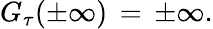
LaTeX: G_{\tau}(\pm\infty)\, =\, \pm\infty.